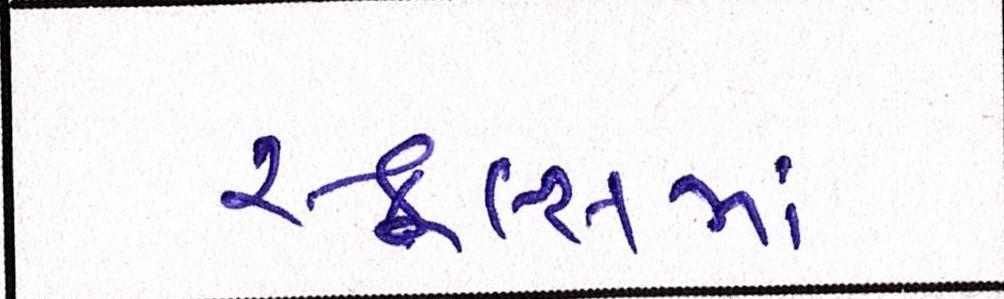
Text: સ્કૂલ્સમાં